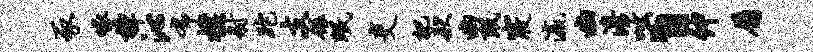
豕啄樟沁布朴射跎支碾眠吏把款幽珉寝瀛幽澹咄丶伸属